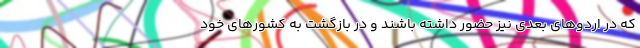
که در اردوهای بعدی نیز حضور داشته باشند و در بازگشت به کشورهای خود